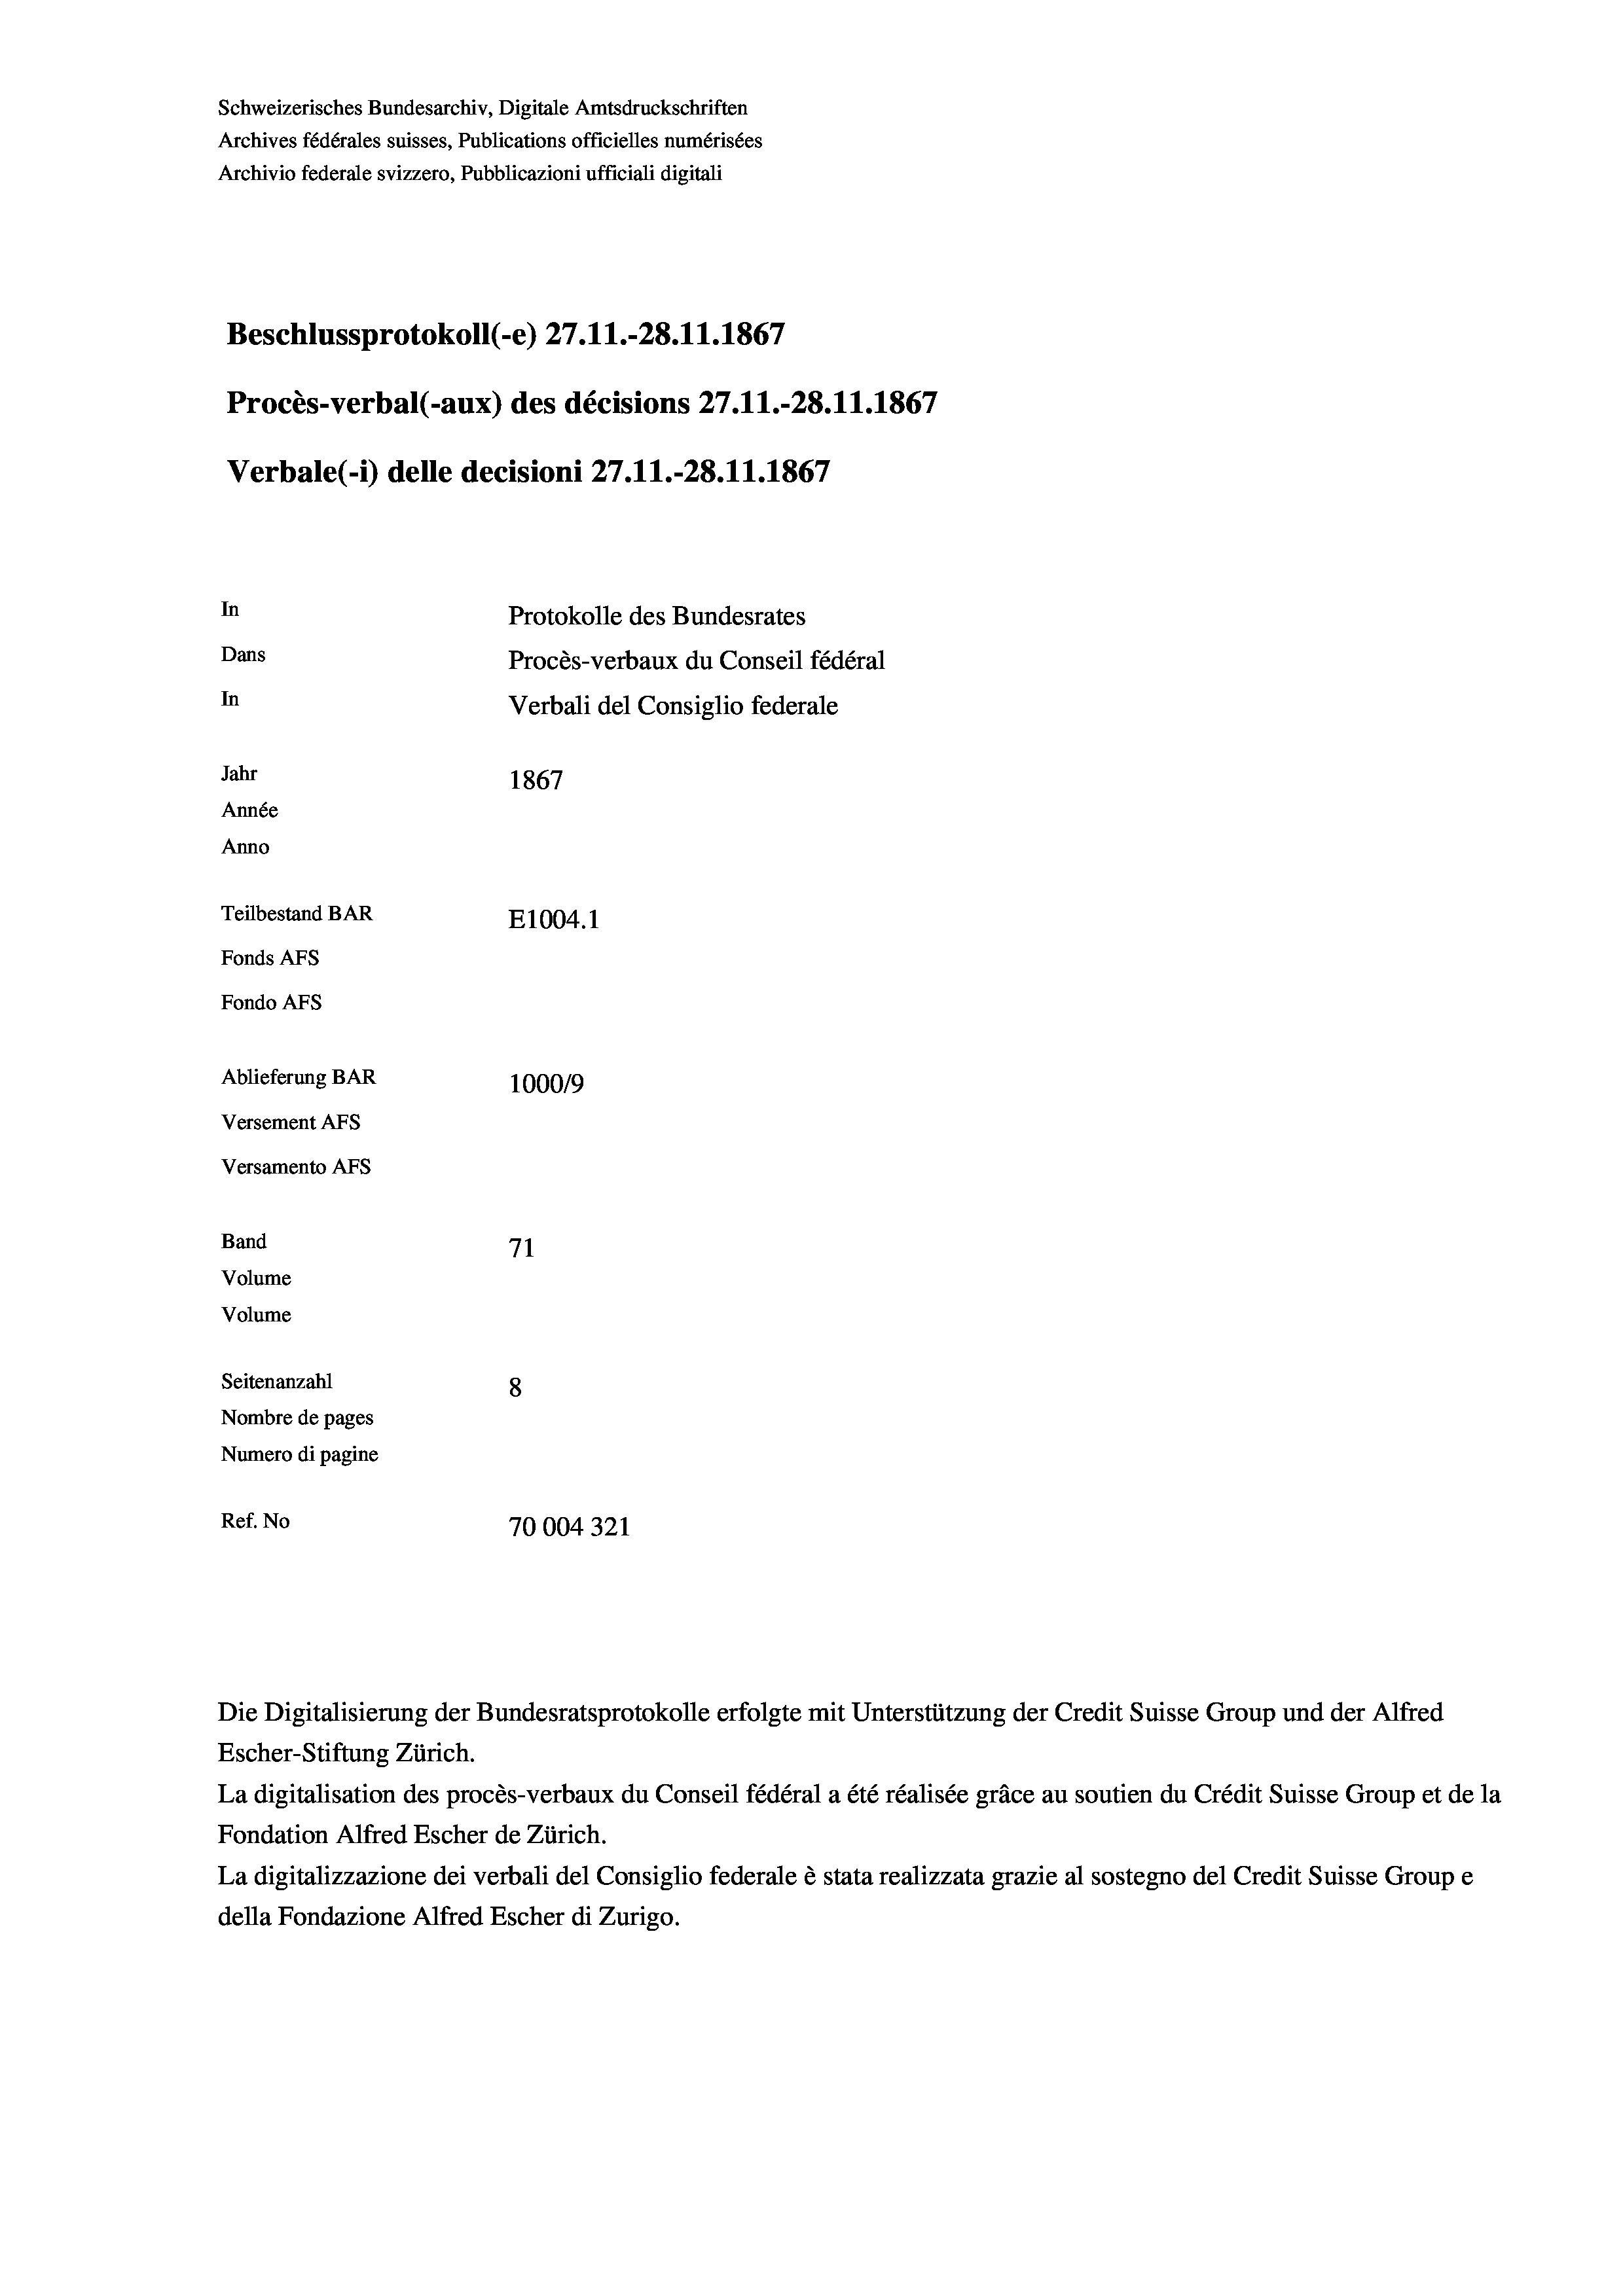
Schweizerisches Bundesarchiv, Digitale Amtsdruckschriften
Archives fédérales suisses, Publications officielles numérisées
Archivio federale svizzero, Pubblicazioni ufficiali digitali
Beschlussprotokoll (-e) 27. 11.-28.11.1867
Procès-verbal (-aux) des décisions 27.11.-28.11.1867
Verbale (- 1) delle decisioni 27.11.-28.11.1867
In
Protokolle des Bundesrates
Dans
Procès-verbaux du Conseil fédéral
In
Verbali del Consiglio federale
Jahr
1867
Année
Anno
Teilbestand BAR
E1004.1
Fonds AFs
Fondo AFs
Ablieferung BAR
100019
Versement AFs
Versamento AFs

71
Seitenanzahl
8
Nombre de pages
Numero di pagine
Ref. No
70004321

Band
Volume
Volume

La digitalisation des procès-verbaux du Conseil fédéral a été réalisée gräce au soutien du Crédit Suisse Group et de la
Fondation Alfred Escher de Zürich.
La digitalizzazione dei verbali del Consiglio federale è stata realizzata grazie al sostegno del Credit Suisse Groupe
della Fondazione Alfred Escher di Zurigo.

Escher-Stiftung Zürich.

Die Digitalisierung der Bundesratsprotokolle erfolgte mit Unterstützung der Credit Suisse Group und der Alfred